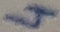
Text: 4